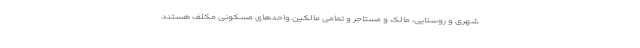
شهری و روستایی، مالک و مستاجر و تمامی مالکین واحدهای مسکونی مکلف هستند